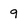
Character: 9